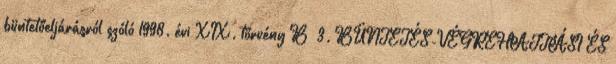
büntetőeljárásról szóló 1998. évi XIX. törvény B 3. BÜNTETÉS-VÉGREHAJTÁSI ÉS